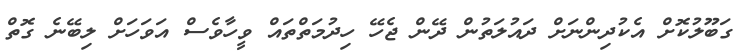
ގަބޫލުކޮށް އެކުދިންނަށް ދައުލަތުން ދޭން ޖެހޭ ހިދުމަތްތައް ވީހާވެސް އަވަހަށް ލިބޭނެ ގޮތް